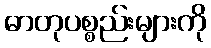
ဓာတုပစ္စည်းများကို